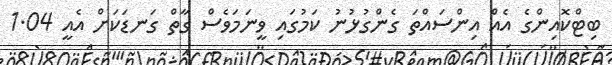
ބިޓްކޮއިންގެ އެއް އިންސައްތަ ގެންގުޅުނު ކަމުގައި ވީނަމަވެސް ގާތް ގަނޑަކަށް އެއީ 1.04